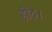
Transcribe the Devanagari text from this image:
होंठ।